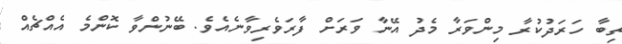
ތިބާ ހަރަދުކުރާ މިންވަރާ މެދު އޭނާ ވަރަށް ފާރަވެރިވާނެއެވެ. ބޭނުންވާ ކޮންމެ އެއްޗެއް